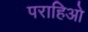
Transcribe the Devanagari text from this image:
पराहिओ